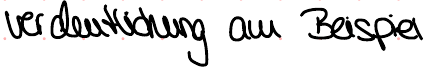
verdeutlichung am Beispiel